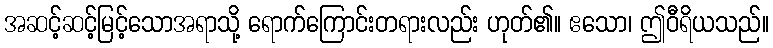
အဆင့်ဆင့်မြင့်သောအရာသို့ ရောက်ကြောင်းတရားလည်း ဟုတ်၏။ ဧသော၊ ဤဝီရိယသည်။